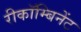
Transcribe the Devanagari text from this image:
रीकॉम्बिनेंट